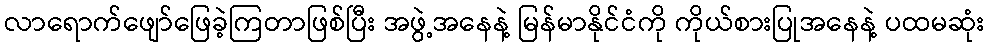
လာရောက်ဖျော်ဖြေခဲ့ကြတာဖြစ်ပြီး အဖွဲ့အနေနဲ့ မြန်မာနိုင်ငံကို ကိုယ်စားပြုအနေနဲ့ ပထမဆုံး